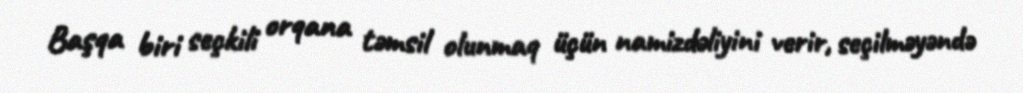
Başqa biri seçkili orqana təmsil olunmaq üçün namizdəliyini verir, seçilməyəndə